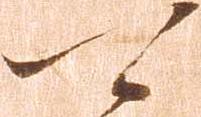
可